Vabadussoja_Ajaloo_Komitee, lk 27
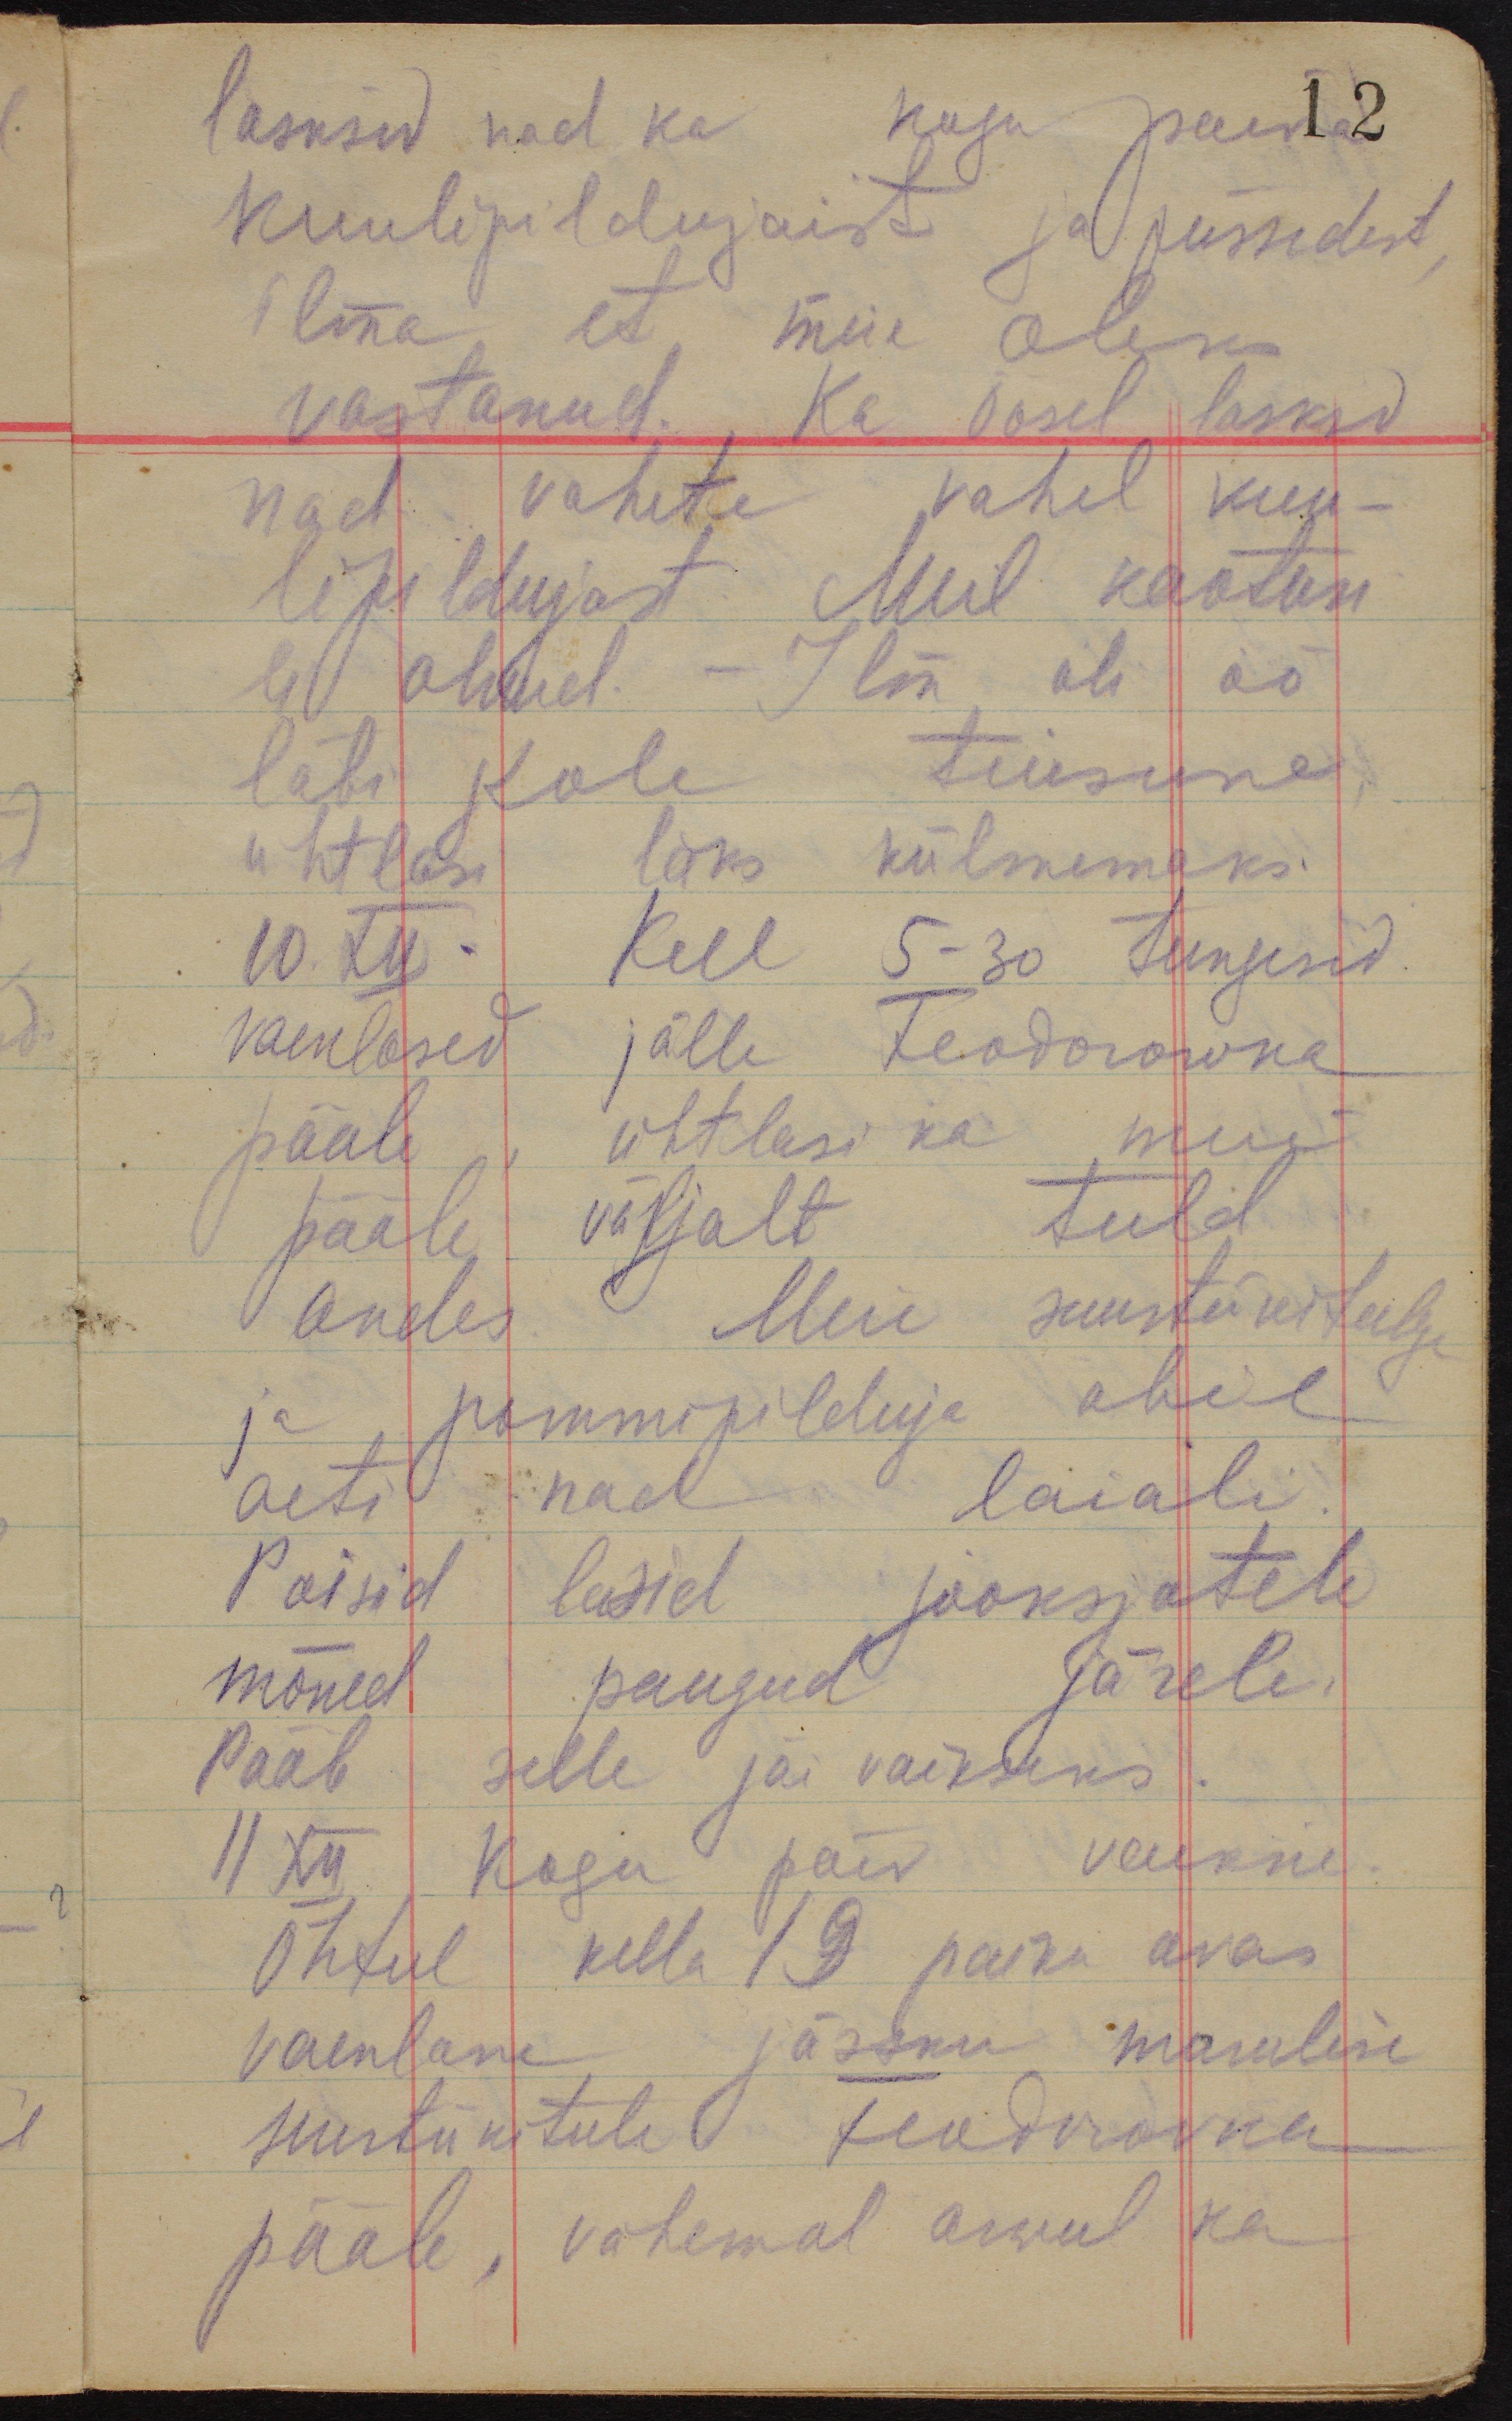
lasksid nad ka kogu paeva
12
kuulipildujaist ja püssidest,
ilma, et meie oleks
vastanud. Ka öösel laskid
nad vahete vahel kuu-
lipildujast. Meil kaotusi
ei olnud. - Ilm oli öö
läbi kole tuisune,
ühtlasi läks külmemaks.
10.XII kell 5-30 tungisid
vaenlased jälle Feodorowka
pääle, ühtlasi ka meie
pääle väljalt tuld
andes. Meie suurtükitulega
ja pommipilduja abil
aeti nad laiali.
Poisid lasid jooksjatele
mõned paugud järele.
Pääle selle jäi vaikseks.
11 XII. Kogu päev vaikne.
Õhtul kella 19 paiku avas
vaenlane järsku marulise
suurtükitule Feodorowka
pääle, vähemal arwul ka